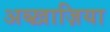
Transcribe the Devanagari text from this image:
अब्ख़ाज़िया